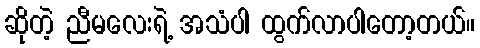
ဆိုတဲ့ ညီမလေးရဲ့ အသံပါ ထွက်လာပါတော့တယ်။